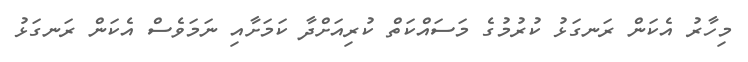
މިހާރު އެކަން ރަނގަޅު ކުރުމުގެ މަސައްކަތް ކުރިއަށްދާ ކަމަށާއި ނަމަވެސް އެކަން ރަނގަޅު